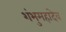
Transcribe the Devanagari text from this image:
शंभुमहादेव